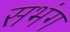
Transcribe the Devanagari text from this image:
सभंग